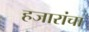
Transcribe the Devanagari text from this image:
हजारांचा